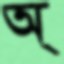
অ্